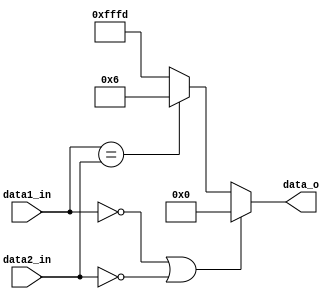
module LUT
(
    input         [2:0] data1_in,
    input         [2:0] data2_in,
    output signed [15:0] data_o
);

parameter match  =   16'd6;
parameter mismatch = 16'd3;



assign data_o = ((data1_in == 3'b000)||(data2_in == 3'b000))? 15'd0 : (data1_in == data2_in)? match : (mismatch*(-1));


endmodule